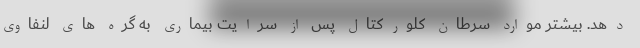
دهد. بیشتر موارد سرطان کلورکتال پس از سرایت بیماری به گره های لنفاوی